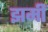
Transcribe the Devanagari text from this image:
झमीं